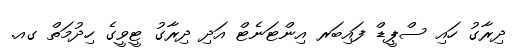
ދިރާގު ހައި ސްޕީޑް ފައިބަރ އިންޓަނެޓް އަދި ދިރާގު ޓީވީގެ ހިދުމަތް ގއ.